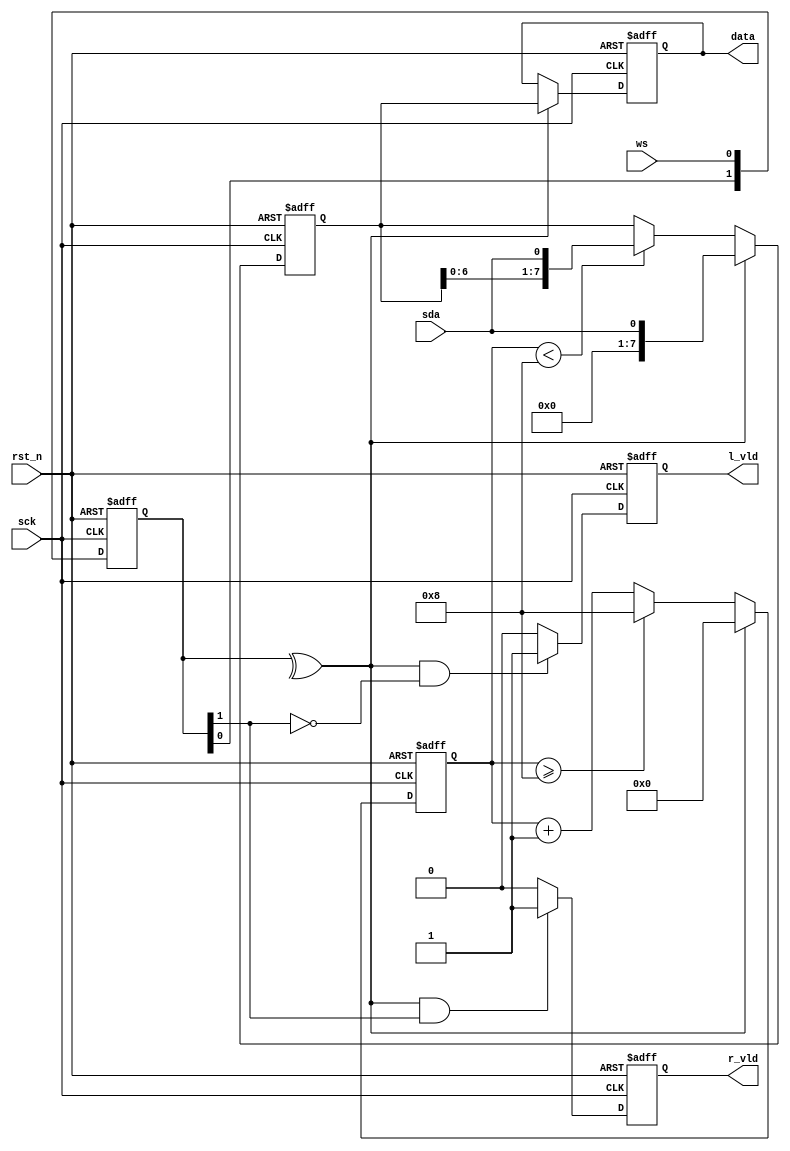
module pgr_i2s_rx
#(
    parameter DATA_WIDTH = 8
)
(
    input                           sck,
    input                           rst_n,

    input                           ws,
    input                           sda,

    output  reg [DATA_WIDTH - 1:0]  data,
    output  reg                     l_vld,
    output  reg                     r_vld
);

reg [DATA_WIDTH - 1:0]  sr;

localparam CNT_WIDTH = LOG2(DATA_WIDTH);//2

reg [1:0]               ws_d;
wire                    ws_e;
reg [CNT_WIDTH:0]   cnt;

always @(posedge sck or negedge rst_n)
begin
    if(~rst_n)
        ws_d <= 2'b0;
    else
        ws_d <= {ws_d[0],ws};
end

assign ws_e = ^ ws_d;

always @(posedge sck or negedge rst_n)
begin
    if(~rst_n)
        cnt <= {DATA_WIDTH+1{1'b0}};
    else if(ws_e)
        cnt <= {DATA_WIDTH+1{1'b0}};
    else if(cnt >= DATA_WIDTH)
        cnt <= DATA_WIDTH;
    else
        cnt <= cnt + {{CNT_WIDTH{1'b0}},1'b1};
end

always @(posedge sck or negedge rst_n)
begin
    if(~rst_n)
        sr <= {DATA_WIDTH{1'b0}};
    else if(ws_e)
        sr <= {{DATA_WIDTH-1{1'b0}},sda};
    else if(cnt < DATA_WIDTH)
        sr <= {sr[DATA_WIDTH-2:0],sda};
end

always @(posedge sck or negedge rst_n)
begin
    if(~rst_n)
        data <= {DATA_WIDTH{1'b0}};
    else if(ws_e)
        data <= sr;
end

always @(posedge sck or negedge rst_n)
begin
    if(~rst_n)
        r_vld <= 1'b0;
    else if(ws_e && ws_d[1])
        r_vld <= 1'b1;
    else
        r_vld <= 1'b0;
end

always @(posedge sck or negedge rst_n)
begin
    if(~rst_n)
        l_vld <= 1'b0;
    else if(ws_e && ~ws_d[1])
        l_vld <= 1'b1;
    else
        l_vld <= 1'b0;
end

function integer LOG2;
    input integer dep;
    begin
        LOG2 = 0;
        while (dep > 1)
        begin
            dep  = dep >> 1;
            LOG2 = LOG2 + 1;
        end
    end
endfunction

endmodule